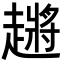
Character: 𬦞